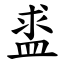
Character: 盚